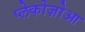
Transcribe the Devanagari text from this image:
प्लेकोज़ोआ